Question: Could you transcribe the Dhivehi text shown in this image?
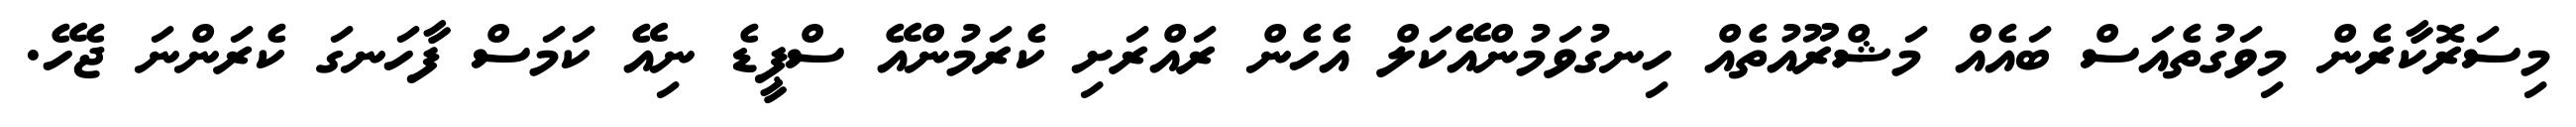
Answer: މިސަރޮކާރެން މިވަގުތެއަސް ބައެއް މަޝްރޫއުތެއް ހިނގުވަމުންއޭކަލް އެހެން ރައްރަށި ކެރަމުންއޭ ސްޕީޑެ ނިއޭ ކަމަސް ފާހަނގަ ކެރަންނަ ޖެހޭ.